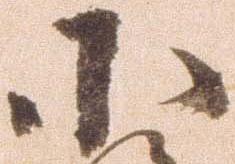
小